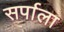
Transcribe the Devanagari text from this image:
सर्पाला